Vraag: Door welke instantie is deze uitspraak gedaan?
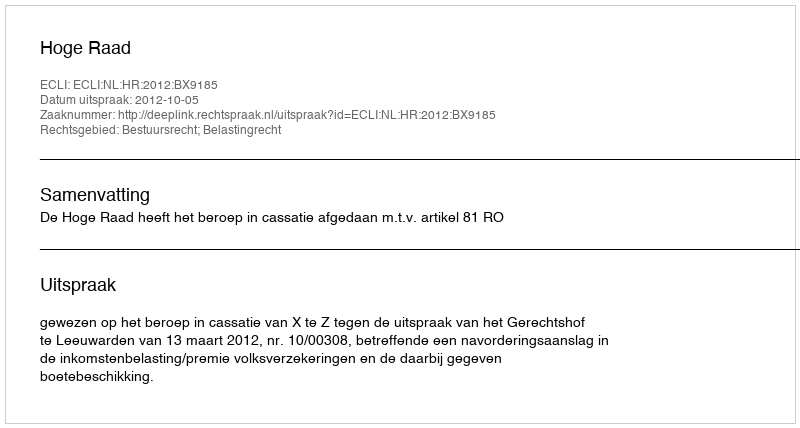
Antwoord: Hoge Raad